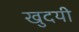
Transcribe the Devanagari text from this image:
खुदयी